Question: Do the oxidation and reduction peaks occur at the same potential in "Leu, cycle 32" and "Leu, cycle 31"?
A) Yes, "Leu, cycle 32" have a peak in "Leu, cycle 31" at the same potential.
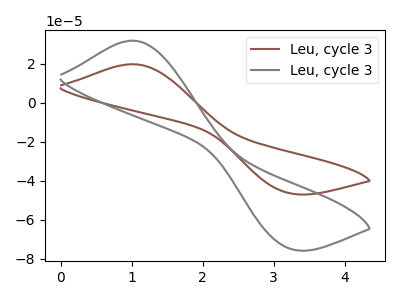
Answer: <think>The brown curve "Leu, cycle 31" has an anodic peak at (1.00V, 19.70uA) and a cathodic peak at (3.20V, -46.15uA). The gray curve "Leu, cycle 32" has an anodic peak at (1.00V, 31.75uA) and a cathodic peak at (3.20V, -74.40uA).</think>
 <answer>A) Yes, "Leu, cycle 32" have a peak in "Leu, cycle 31" at the same potential.</answer>
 <eval>A</eval>